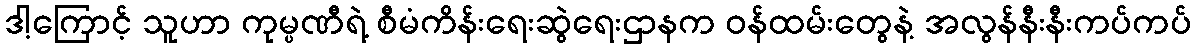
ဒါ့ကြောင့် သူဟာ ကုမ္ပဏီရဲ့ စီမံကိန်းရေးဆွဲရေးဌာနက ဝန်ထမ်းတွေနဲ့ အလွန်နီးနီးကပ်ကပ်